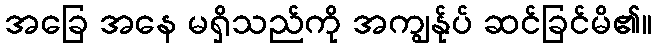
အခြေ အနေ မရှိသည်ကို အကျွန်ုပ် ဆင်ခြင်မိ၏။